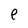
Character: e